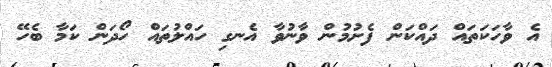
އެ ވާހަކަތައް ދައްކަން ފެށުމުން ވާނުވާ އެނގި ހައްލުތައް ހޯދަން ކަމާ ބެހޭ